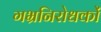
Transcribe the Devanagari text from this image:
गभ्रनिरोधकों